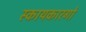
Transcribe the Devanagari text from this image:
स्कायकारगो